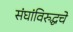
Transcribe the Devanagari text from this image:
संघांविरुद्धचे